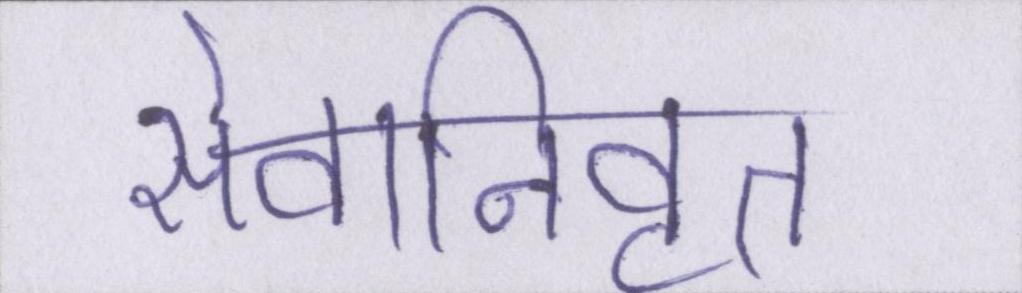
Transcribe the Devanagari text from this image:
सेवानिवृत्त